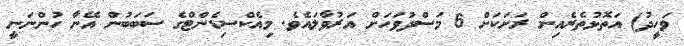
ވަހީދު) އަތޮޅުތެރެއިން ރަށަކަށް 6 މަސްދުވަހަށް އަރުވާލައެވެ. މިއެކްސިޑެންޓްގެ ސަބަބުން އޭނާ ހުންނަނީ